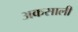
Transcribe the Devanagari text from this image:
अकसाली